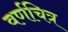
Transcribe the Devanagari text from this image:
वर्णचित्र